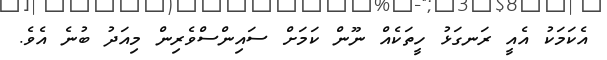
އެކަމަކު އެއީ ރަނގަޅު ހީތަކެއް ނޫން ކަމަށް ސައިންސްވެރިން މިއަދު ބުނެ އެވެ.